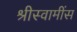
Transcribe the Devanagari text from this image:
श्रीस्वामींस